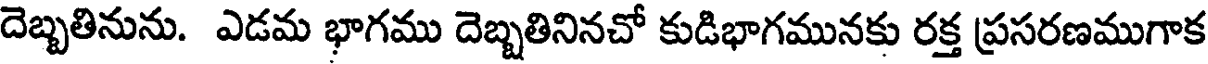
దెబ్బతినును. ఎడమ భాగము దెబ్బతినినచో కుడిభాగమునకు రక్త ప్రసరణముగాక